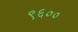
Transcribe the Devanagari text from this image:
९६००